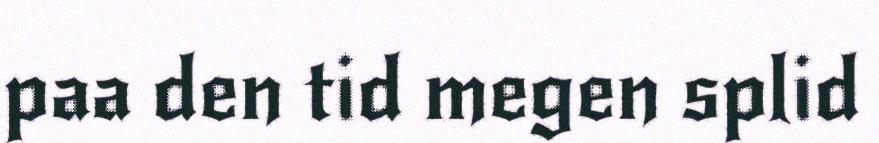
paa den tid megen splid